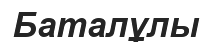
Баталұлы